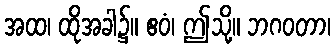
အထ၊ ထိုအခါ၌။ ဧဝံ၊ ဤသို့။ ဘဂဝတာ၊